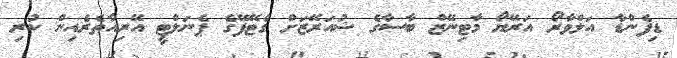
ޑިފެންޑާ އަލްވާރޯ އަރޭޔޯ މާޓިނޭޒް ބާސާގެ ޝުއަރޭޒަށް ގެޓޭފޭގެ ޕެނަލްޓީ އޭރިއާތެރެއިން ކުރި